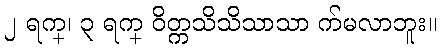
၂ ရက္၊ ၃ ရက္ ဝိတ္ကသိသိသာသာ က်မလာဘူး။